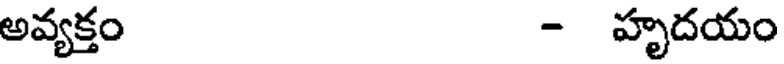
అవ్యక్తం - హృదయం